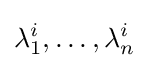
\lambda _{1}^{i},\dots ,\lambda _{n}^{i}